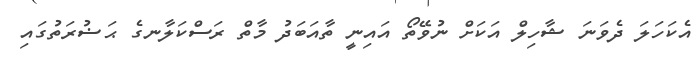
އެކަހަލަ ދެވަނަ ޝާހިލް އަކަށް ނުވޭތޯ އައިނީ ތާއަބަދު މާތް ރަސްކަލާނގެ ޙަޟުރަތުގައި